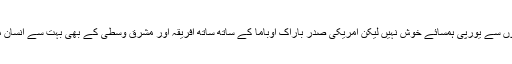
میرکل کی مہاجرین سے متعلق پالیسیوں سے یورپی ہمسائے خوش نہیں لیکن امریکی صدر باراک اوباما کے ساتھ ساتھ افریقہ اور مشرقِ وُسطیٰ کے بھی بہت سے انسان میرکل کی پالیسیوں کو سراہ رہے ہیں۔